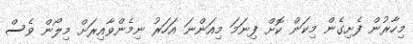
މިހާރުން ފެށިގެން މިކަން ކޮށް ފިނަމަ މިއަންނަ އަހަރު ނިމެންވާއިރަށް މިލޯން ވެސް